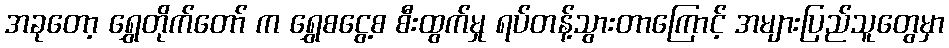
အခုတော့ ရွှေတိုက်တော် က ရွှေစငွေ့စ စီးထွက်မှု ရပ်တန့်သွားတာကြောင့် အများပြည်သူတွေမှာ